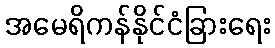
အမေရိကန်နိုင်ငံခြားရေး